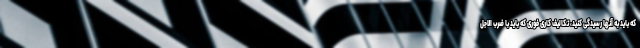
که باید به آنها رسیدگی کنید، تکالیف کاری فوری که باید با ضرب الاجل